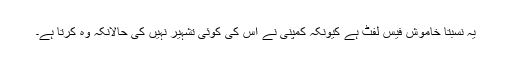
یہ نسبتاً خاموش فیس لفٹ ہے کیونکہ کمپنی نے اس کی کوئی تشہیر نہیں کی حالانکہ وہ کرتا ہے۔